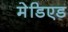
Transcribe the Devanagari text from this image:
मेडिएड